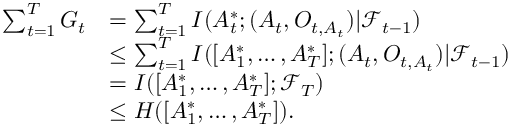
\begin{array} { r l } { \sum _ { t = 1 } ^ { T } G _ { t } } & { = \sum _ { t = 1 } ^ { T } I ( A _ { t } ^ { * } ; ( A _ { t } , O _ { t , A _ { t } } ) | \mathcal { F } _ { t - 1 } ) } \\ & { \leq \sum _ { t = 1 } ^ { T } I ( [ A _ { 1 } ^ { * } , \ldots , A _ { T } ^ { * } ] ; ( A _ { t } , O _ { t , A _ { t } } ) | \mathcal { F } _ { t - 1 } ) } \\ & { = I ( [ A _ { 1 } ^ { * } , \ldots , A _ { T } ^ { * } ] ; \mathcal { F } _ { T } ) } \\ & { \leq H ( [ A _ { 1 } ^ { * } , \ldots , A _ { T } ^ { * } ] ) . } \end{array}